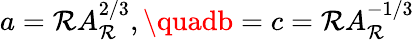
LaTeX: a=\mathcal{R}A_{\mathcal{R}}^{2/3},\quadb=c=\mathcal{R}A_{\mathcal{R}}^{-1/3}